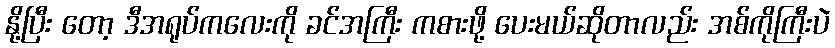
နို့ပြီး တော့ ဒီအရုပ်ကလေးကို ခင်အကြီး ကစားဖို့ ပေးမယ်ဆိုတာလည်း အစ်ကိုကြီးပဲ